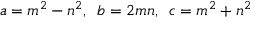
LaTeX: a = m ^ { 2 } - n ^ { 2 } , \ \, b = 2 m n , \ \, c = m ^ { 2 } + n ^ { 2 }